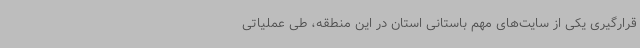
قرارگیری یکی از سایت‌های مهم باستانی استان در این منطقه، طی عملیاتی